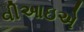
વીઆઇએ